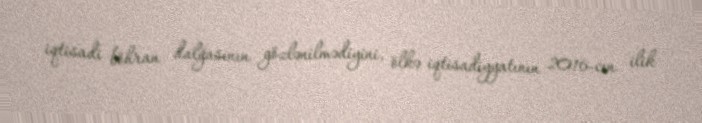
iqtisadi böhran dalğasının gözlənilmədiyini, ölkə iqtisadiyyatının 2016-cın ilik